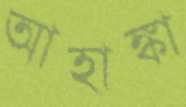
আহাঙ্কা